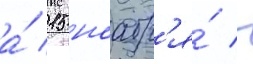
а́ 15 ноабр'я́ -